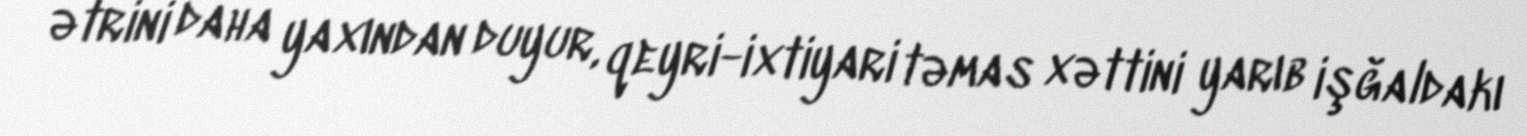
ətrini daha yaxından duyur, qeyri-ixtiyari təmas xəttini yarıb işğaldakı